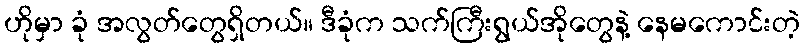
ဟိုမှာ ခုံ အလွတ်တွေရှိတယ်။ ဒီခုံက သက်ကြီးရွယ်အိုတွေနဲ့ နေမကောင်းတဲ့